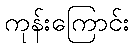
ကုန်းကြောင်း